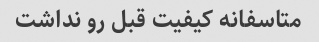
متاسفانه کیفیت قبل رو نداشت